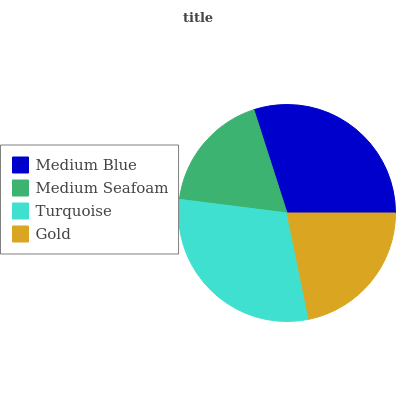
| Medium Blue | Medium Seafoam | Turquoise | Gold |
 | --- | --- | --- | --- |
 | 29.9% | 18% | 30.3% | 21.8% |